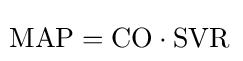
\!{\text{MAP}}={\text{CO}}\cdot {\text{SVR}}